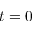
t = 0